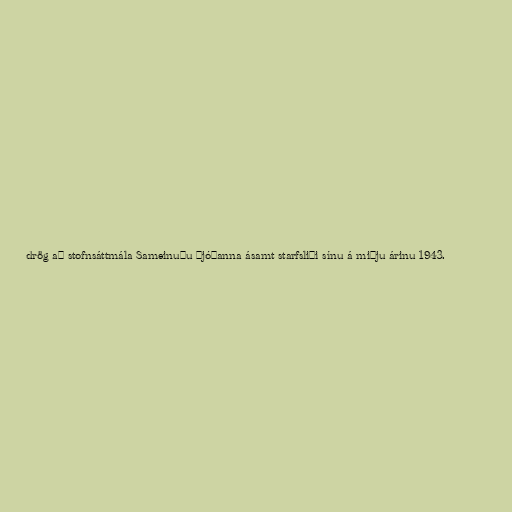
drög að stofnsáttmála Sameinuðu þjóðanna ásamt starfsliði sínu á miðju árinu 1943.